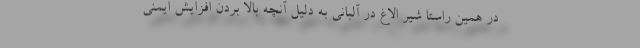
در همین راستا شیر الاغ در آلبانی به دلیل آنچه بالا بردن افزایش ایمنی